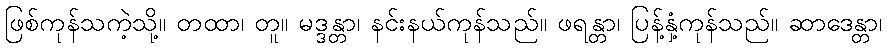
ဖြစ်ကုန်သကဲ့သို့။ တထာ၊ တူ။ မဒ္ဒန္တာ၊ နင်းနယ်ကုန်သည်။ ဖရန္တာ၊ ပြန့်နှံ့ကုန်သည်။ ဆာဒေန္တာ၊